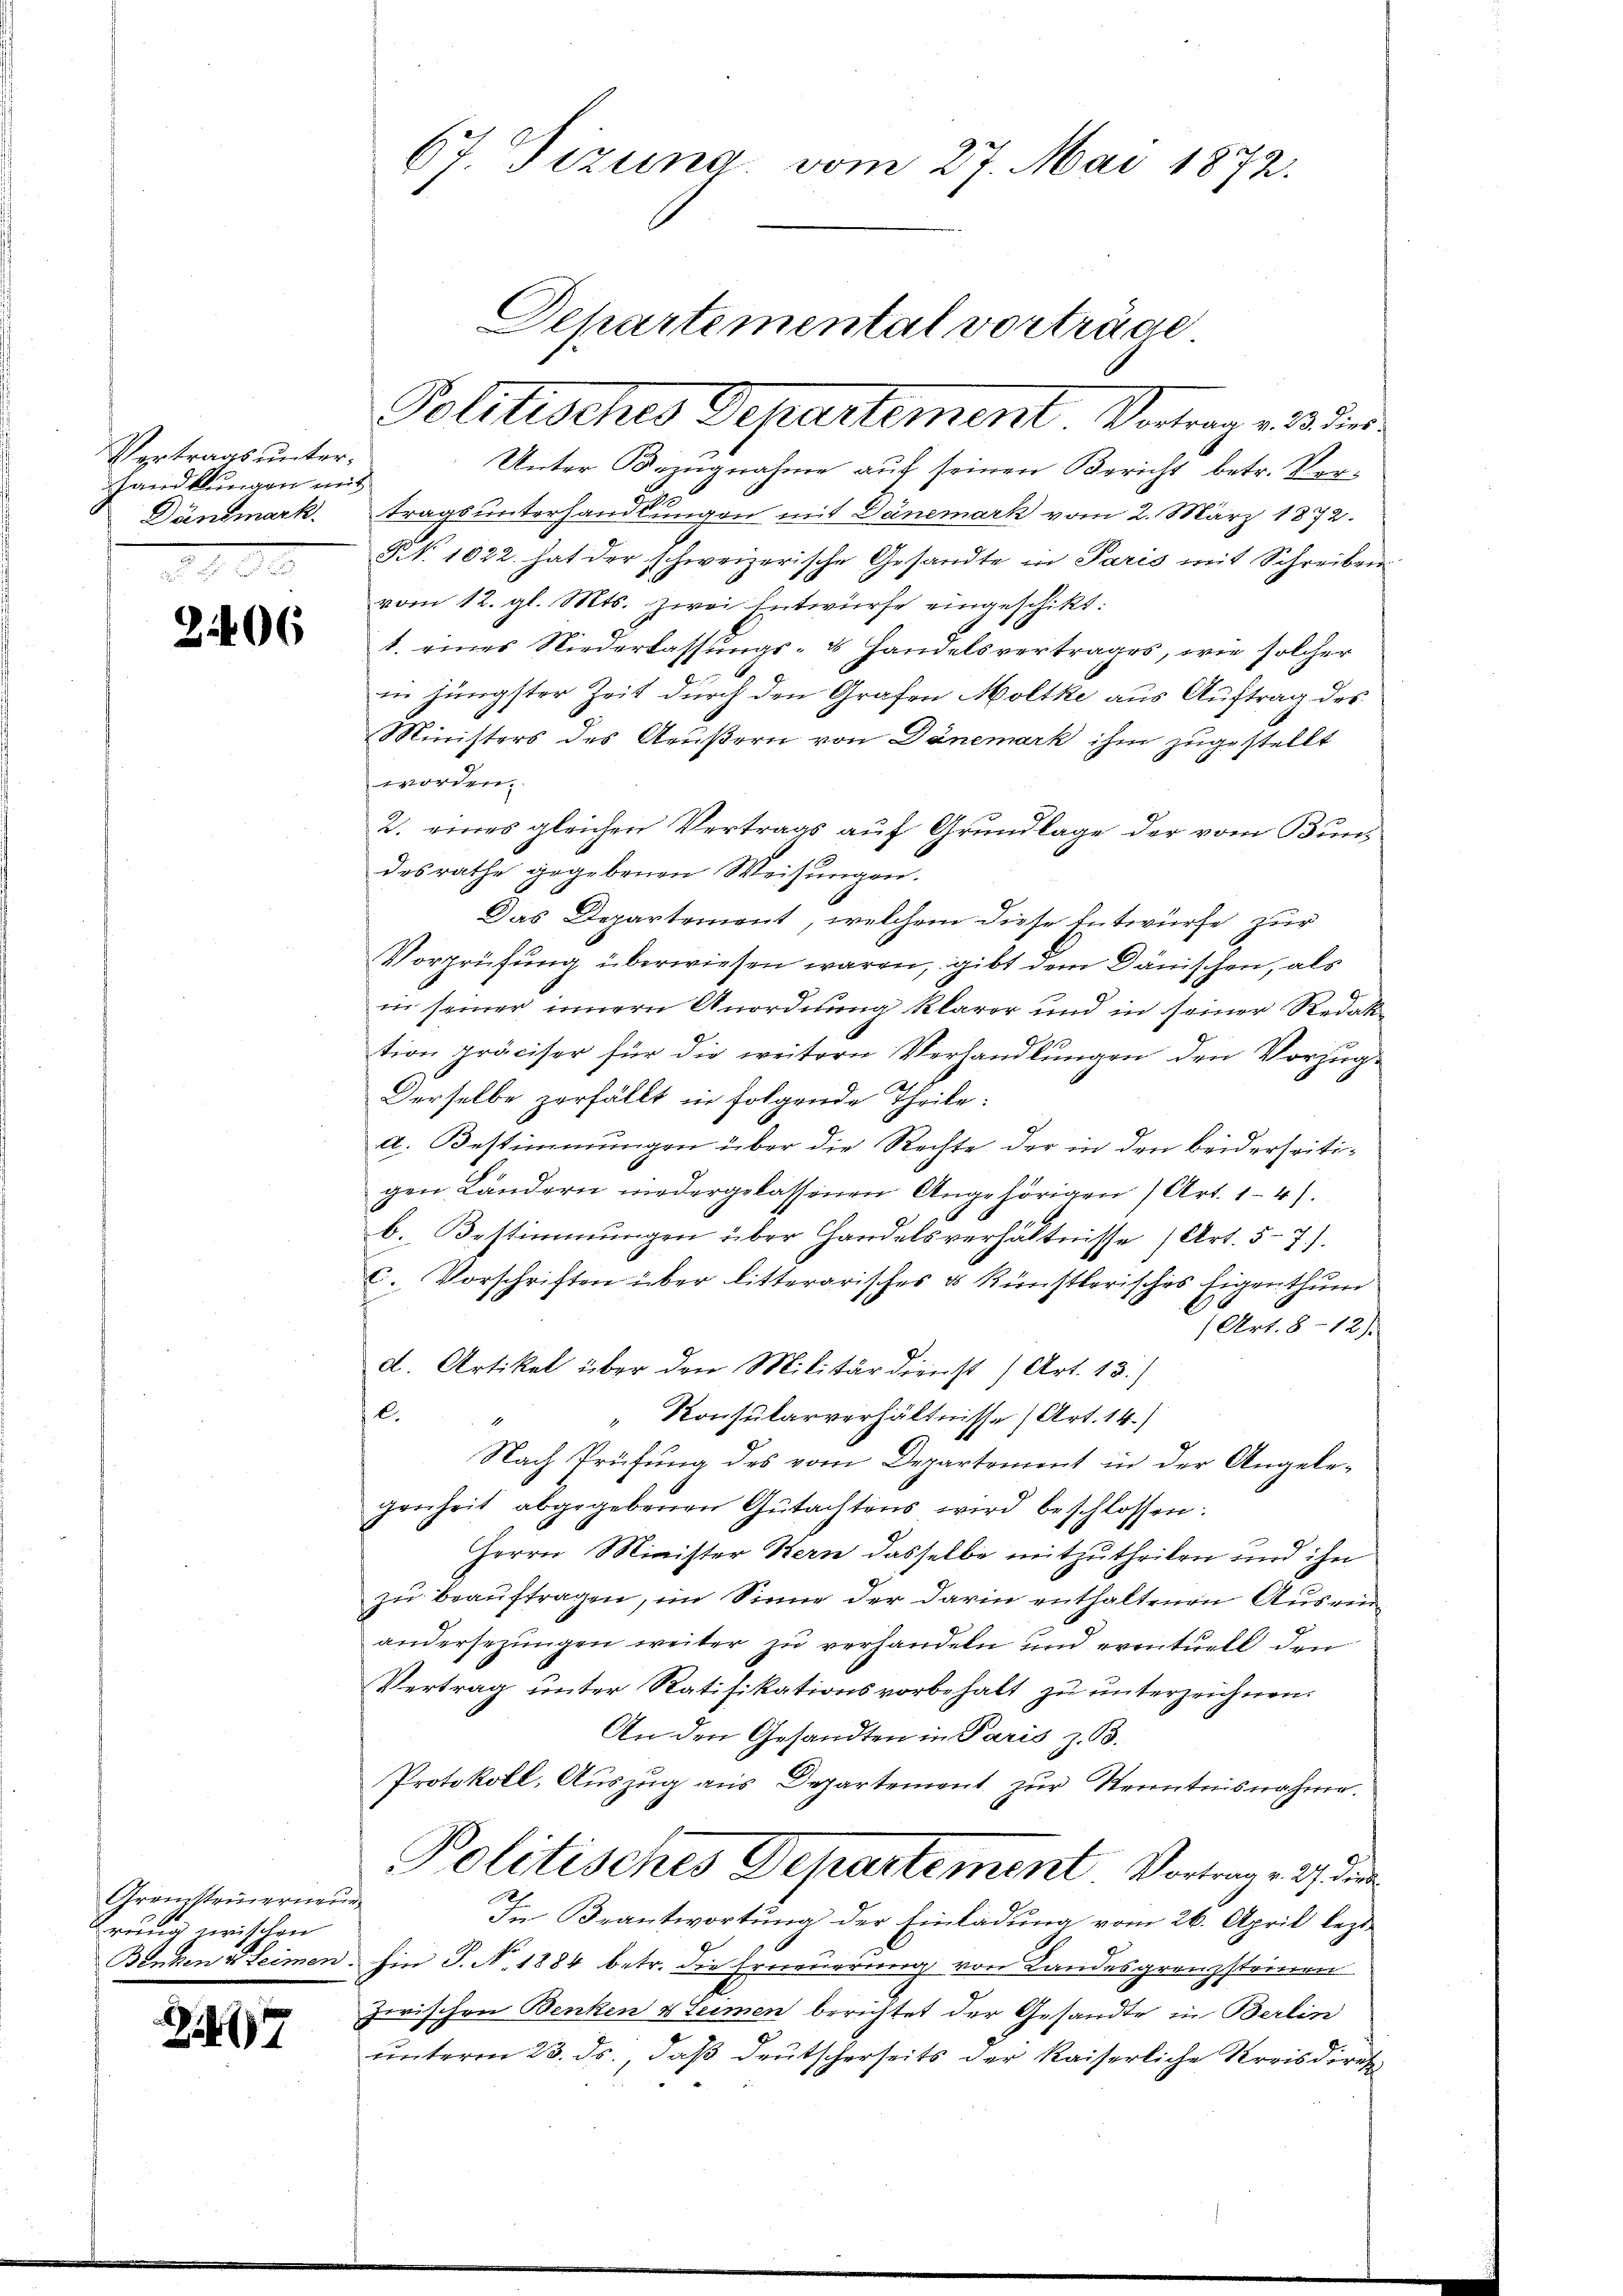
Vertrags unter-
handlungen mit
Däntmark.

206

Gremsteinerneue
rung zwischen

47

67. Tizung vom 27. Mai 1872.

Departemental vorträge
Politisches Departement. Vertrag v. 3. der

Unter Bezugnahme auf seinen Bericht betr. Vertragsunterhandlungen mit Danemark vom 2. März 1872.
Nr. 1022. hat der schweizerische Gesandte in Paris mit Schreiben
vom 12. gl. Mts. zwei Entwürfe eingeschikt:
1. eines Niederlassungs- & Handelsvertrages, wie solcher
in jüngster Zeit durch den Grafen Moltke aus Auftrag des
Ministers des Aeußern von Dänemark ihm zugestellt
worden.
2. eines gleichen Vertrags auf Grundlage der vom Bundesrathe gegebenen Weisungen.
Das Departement, welchem diese Entwürfe zur
Vorprüfung überwiesen waren, gibt dem Dänischen, als
in seiner innern Anordnung klarer und in seiner Redak
tion präciser für die weitern Verhandlungen den Vorzug¬
Derselbe zerfällt in folgende Theile:
a. Bestimmungen über die Rechte der in den beiderseitigen Ländern niedergelassenen Angehörigen) Art. 141.
b. Bestimmungen über Handelsverhältnisse (Art. 5-7.).
c. Vorschriften über litterarisches & Künstlerisches Eigenthum
Art. 8 - 189
d. Artikel über den Militärdienst (Art. 13.)
l.
Konsularverhältnisse (Art. 14.)
Nach Prüfung des vom Departement in der Angelegenheit abgegebenen Gŭtachtens wird beschlossen:
Herrn Minister Stern dasselbe mitzutheilen und ihn
zu beauftragen, im Sinne der darin enthaltenen Ausreiandersezungen weiter zŭ verhandeln und eventuell den
Vertrag unter Ratifikationsvorbehalt zu unterzeichnen.
An den Gesandten in Paris z. B.
Protokoll, Auszug aus Departement zur Kenntnisnahme.
Politisches Departement Vortrage ich die
In Beantwortung der Einladung vom 26. April lezt¬
Benken u Leimen hin S. N. 1884 betr. die Erneuerung von Landesgrenzsteinen
zwischen Benken & Leimen berichtet der Gesandte in Berlin
unterm 23. ds., daß deutscherseits der Kaiserliche Kreisdirek